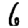
Digit: 6